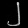
Digit: ၂